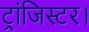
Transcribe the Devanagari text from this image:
ट्रांजिस्टर।